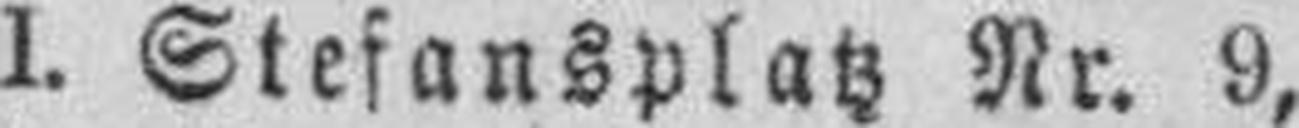
I. Stefansplatz Nr. 9,